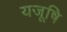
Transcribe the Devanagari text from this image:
यजूषि